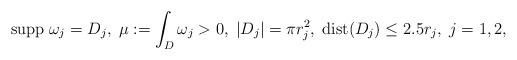
LaTeX: \begin{align*} {\rm supp \;} \omega_j = D_j,\; \mu:=\int_{D} \omega_j>0, \; |D_j|= \pi r_j^2, \; {\rm dist } (D_j) \leq 2.5 r_j, \; j=1,2, \end{align*}